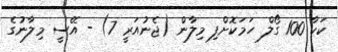
ކަކާ 100 ގޯލް ހަމަކޮށްފި މިލާން (ޖެނުއަރީ 7) - އޭސީ މިލާނުގެ